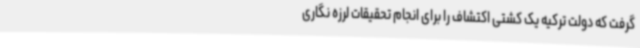
گرفت که دولت ترکیه یک کشتی اکتشاف را برای انجام تحقیقات لرزه نگاری